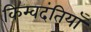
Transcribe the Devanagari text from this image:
किम्वदंतियाँ